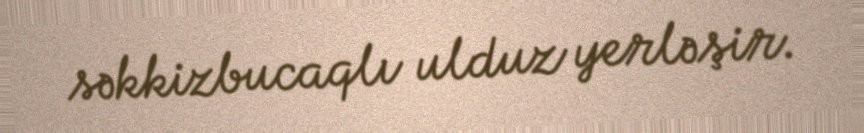
səkkizbucaqlı ulduz yerləşir.